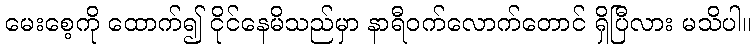
မေးစေ့ကို ထောက်၍ ငိုင်နေမိသည်မှာ နာရီဝက်လောက်တောင် ရှိပြီလား မသိပါ။